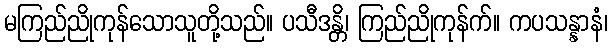
မကြည်ညိုကုန်သောသူတို့သည်။ ပသီဒန္တိ၊ ကြည်ညိုကုန်က်။ ကပသန္နာနံ၊